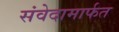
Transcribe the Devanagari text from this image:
संवेदामार्फत